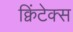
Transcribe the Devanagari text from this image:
क्विंटेक्स